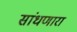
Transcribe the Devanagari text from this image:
सांधणारा